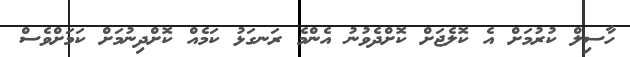
ހާސިލް ކުރުމަށް އެ ކޮލެޖަށް ކޮށްދެވުނު އެންމެ ރަނގަޅު ކަމެއް ކޮށްދިނުމަށް ކަމަށްވެސް